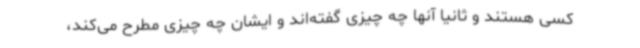
کسی هستند و ثانیا آنها چه چیزی گفته‌اند و ایشان چه چیزی مطرح می‌کند،